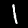
Digit: 1